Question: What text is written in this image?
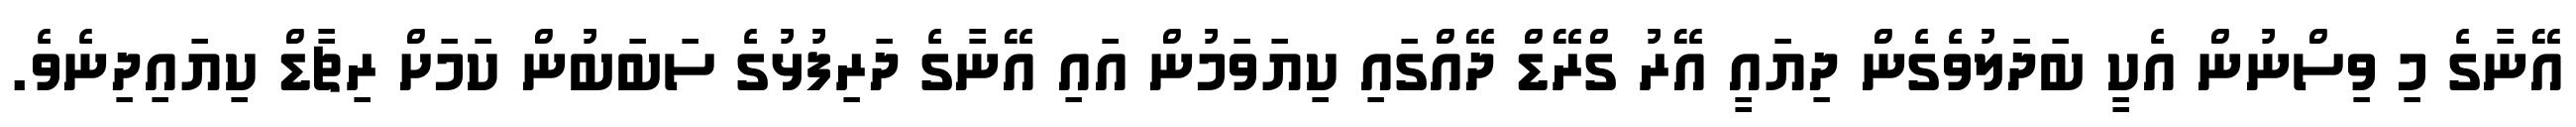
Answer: އޭނާގެ މި ވިސްނުން އެކީ ބަދަލުވެގެން ދިޔައީ އޭރު ގްރޭޑް ދޭއްގައި ކިޔަވަމުން އައި އޭނާގެ ދަރިފުޅުގެ ސަބަބުން ކަމަށް ރިޗާޑް ކިޔައިދިނެވެ.